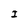
Character: I